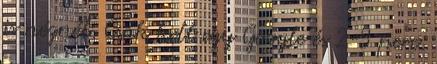
is néznél. Csak kell egy Google és 2-3 perc.